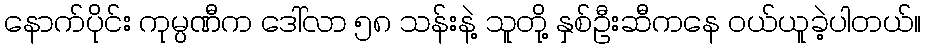
နောက်ပိုင်း ကုမ္ပဏီက ဒေါ်လာ ၅၈ သန်းနဲ့ သူတို့ နှစ်ဦးဆီကနေ ဝယ်ယူခဲ့ပါတယ်။